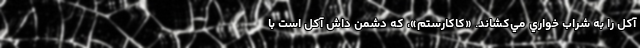
آکل را به شراب خواري مي‌کشاند. «کاکارستم»، که دشمن داش آکل است با